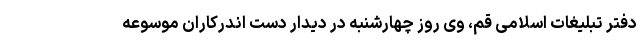
دفتر تبلیغات اسلامی قم، وی روز چهارشنبه در دیدار دست اندرکاران موسوعه